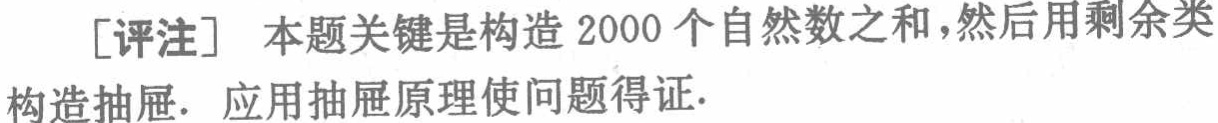
[评注] 本题关键是构造 2000 个自然数之和，然后用剩余类构造抽屉. 应用抽屉原理使问题得证.